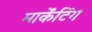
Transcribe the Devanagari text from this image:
मार्केंटिंग